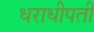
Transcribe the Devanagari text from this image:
धराधीपती